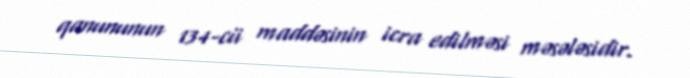
qanununun 134-cü maddəsinin icra edilməsi məsələsidir.